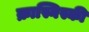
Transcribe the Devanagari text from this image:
क्रास्निस्की